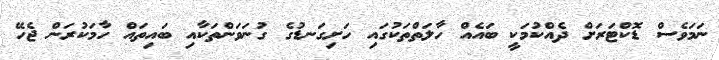
ނަމަވެސް ޑޮކްޓަރަށް ދެއްކުމަކީ ބައެއް ހާލަތްތަކުގައި ހަށިގަނޑުގެ ގުނަވަންތަކާއި ބައިތައް ހާމަކުރަން ޖެހޭ